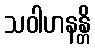
သဝါဟနန္တိ